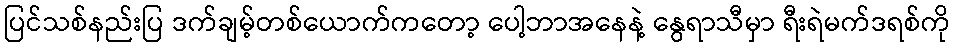
ပြင်သစ်နည်းပြ ဒက်ချမ့်တစ်ယောက်ကတော့ ပေါ့ဘာအနေနဲ့ နွေရာသီမှာ ရီးရဲမက်ဒရစ်ကို